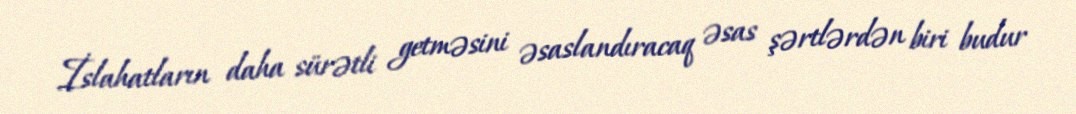
İslahatların daha sürətli getməsini əsaslandıracaq əsas şərtlərdən biri budur